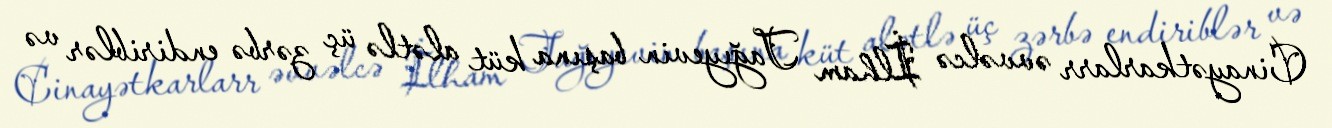
Cinayətkarlarr əvvəlcə İlham Tağıyevin başına küt alətlə üç zərbə endiriblər və